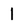
Character: 1